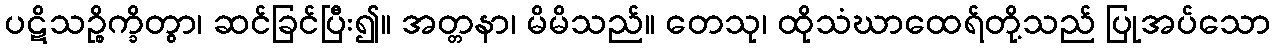
ပဋိသဉ္စိက္ခိတွာ၊ ဆင်ခြင်ပြီး၍။ အတ္တနာ၊ မိမိသည်။ တေသု၊ ထိုသံဃာထေရ်တို့သည် ပြုအပ်သော